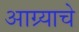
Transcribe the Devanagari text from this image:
आग्र्याचे